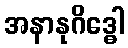
အနာနုဂိဒ္ဓေါ